Indian Civil Veterinary Department memoirs
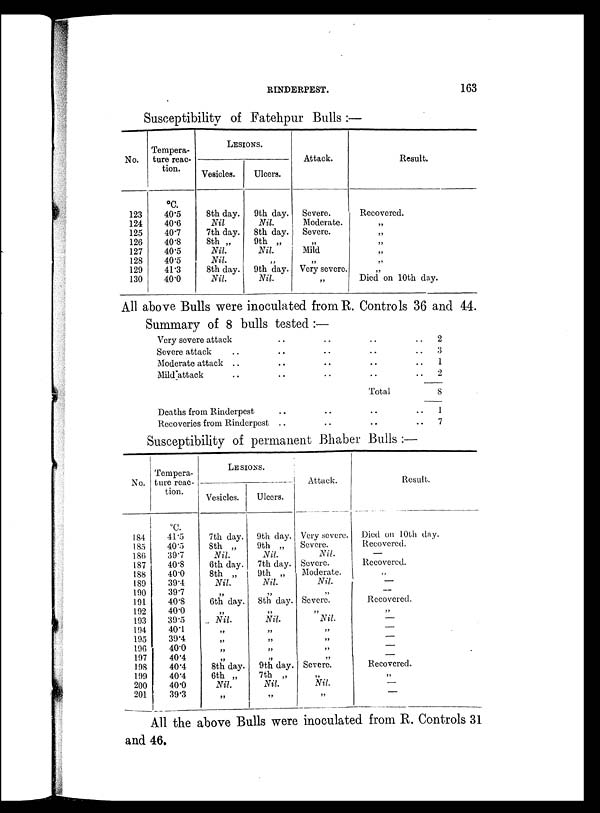
RINDERPEST.
163
Susceptibility of Fatehpur Bulls:—
No.
123
124
125
126
127
128
129
130
Tempera-
ture reac-
tion.
ºC.
40.5
40.6
40.7
40.8
40.5
40.5
41.3
40.0
LESIONS.
Vesicles.
8th day.
Nil
7th day.
8th „
Nil.
Nil.
8th day.
Nil.
Ulcers.
9th day.
Nil.
8th day.
9th „
Nil.
„
9th day.
Nil.
Attack.
Severe.
Moderate.
Severe.
„
Mild
„
Very severe.
„
Result.
Recovered.
„
„
„
„
„
„
Died on 10th day.
All above Bulls were inoculated from R. Controls 36 and 44.
Summary of 8 bulls tested:—
Very severe attack
Severe attack ..
Moderate attack ..
Mild attack ..
Deaths from Rinderpest
Recoveries from Rinderpest
..
..
..
..
..
..
..
..
..
..
..
..
..
..
..
..
Total
..
..
..
2
..
3
.. 1
.. 2
.. 8
.. 1
.. 7
Susceptibility of permanent Bhaber Bulls:—
No.
184
185
186
187
188
189
190
191
192
193
194
195
196
197
198
199
200
201
Tempera-
ture reac-
tion.
ºC.
41.5
40.5
39.7
40.8
40.0
39.4
39.7
40.8
40.0
39.5
401
39.4
40.0
40.4
40.4
40.4
40.0
39.3
LESIONS.
Vesicles.
7th day.
8th „
Nil.
6th day.
8th „
Nil.
6th day.
„
.. Nil.
„
„
„
8th day.
6th „
Nil.
„
Ulcers.
9th day.
9th „
Nil.
7th day.
9th „
Nil.
8th day.
„
Nil.
„
„
„
„
9th day.
7th „
Nil.
„
Attack.
Very severe.
Severe.
Nil.
Severe.
Moderate.
Nil.
„
Severe.
„
Nil.
„
„
„
„
Severe.
„
Nil.
„
Result.
Died on 10th day.
Recovered.
—
Recovered.
„
—
—
Recovered.
„
—
—
—
—
—
Recovered.
„
—
—
All the above Bulls were inoculated from R. Controls 31
and 46.